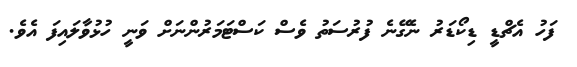
ފަހު އެޗްޑީ ޑިކޯޑަރު ނެގޭނެ ފުރުސަތު ވެސް ކަސްޓަމަރުންނަށް ވަނީ ހުޅުވާލައިފަ އެވެ.